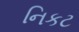
નિકટ